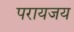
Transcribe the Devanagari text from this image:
परायजय